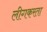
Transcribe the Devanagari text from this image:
लीगकरता